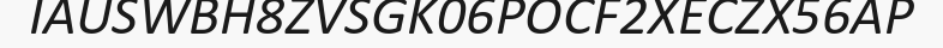
IAUSWBH8ZVSGK06POCF2XECZX56AP